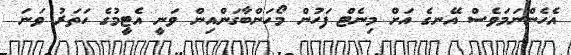
އެހެންނަމަވެސް އޭނގެ އަށް މިނެޓް ފަހުން މޯހަންބާގަންއިން ވަނީ އެޓީމުގެ ހަތަރު ވަނަ